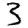
Digit: 3